Report on the bubonic plague in Bombay, 1896-1897
Year: 1896
Disease focus: Plague
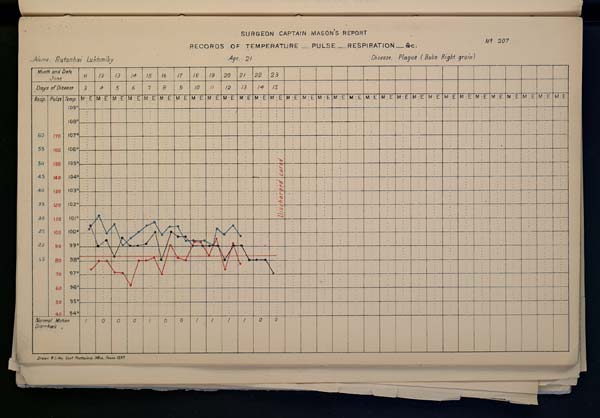
SURGEON
CAPTAIN
MASON'S
REPORT
No. 207
RECORDS OF TEMPERATURE __ PULSE __ RESPIRATION __ &c.
Name,
Ratanbai
Lukhmiby
Age,
21
Disease,
Plague
(Bubo
Right
groin
)
Drawn & Litho: Govt. Photozinco: Office, Poona 1897.